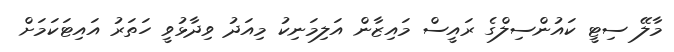
މާލޭ ސިޓީ ކައުންސިލްގެ ރައީސް މައިޒާން އަލިމަނިކު މިއަދު ވިދާޅުވީ ހަތަރު އައިޓަކަމަށް